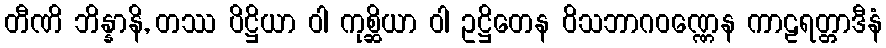
တီဏိ ဘိန္နာနိ, တဿ ပိဋ္ဌိယာ ဝါ ကုစ္ဆိယာ ဝါ ဥဋ္ဌိတေန ဝိသဘာဂဝဏ္ဏေန ကာဠရတ္တာဒီနံ